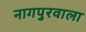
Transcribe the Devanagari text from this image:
नागपुरवाला